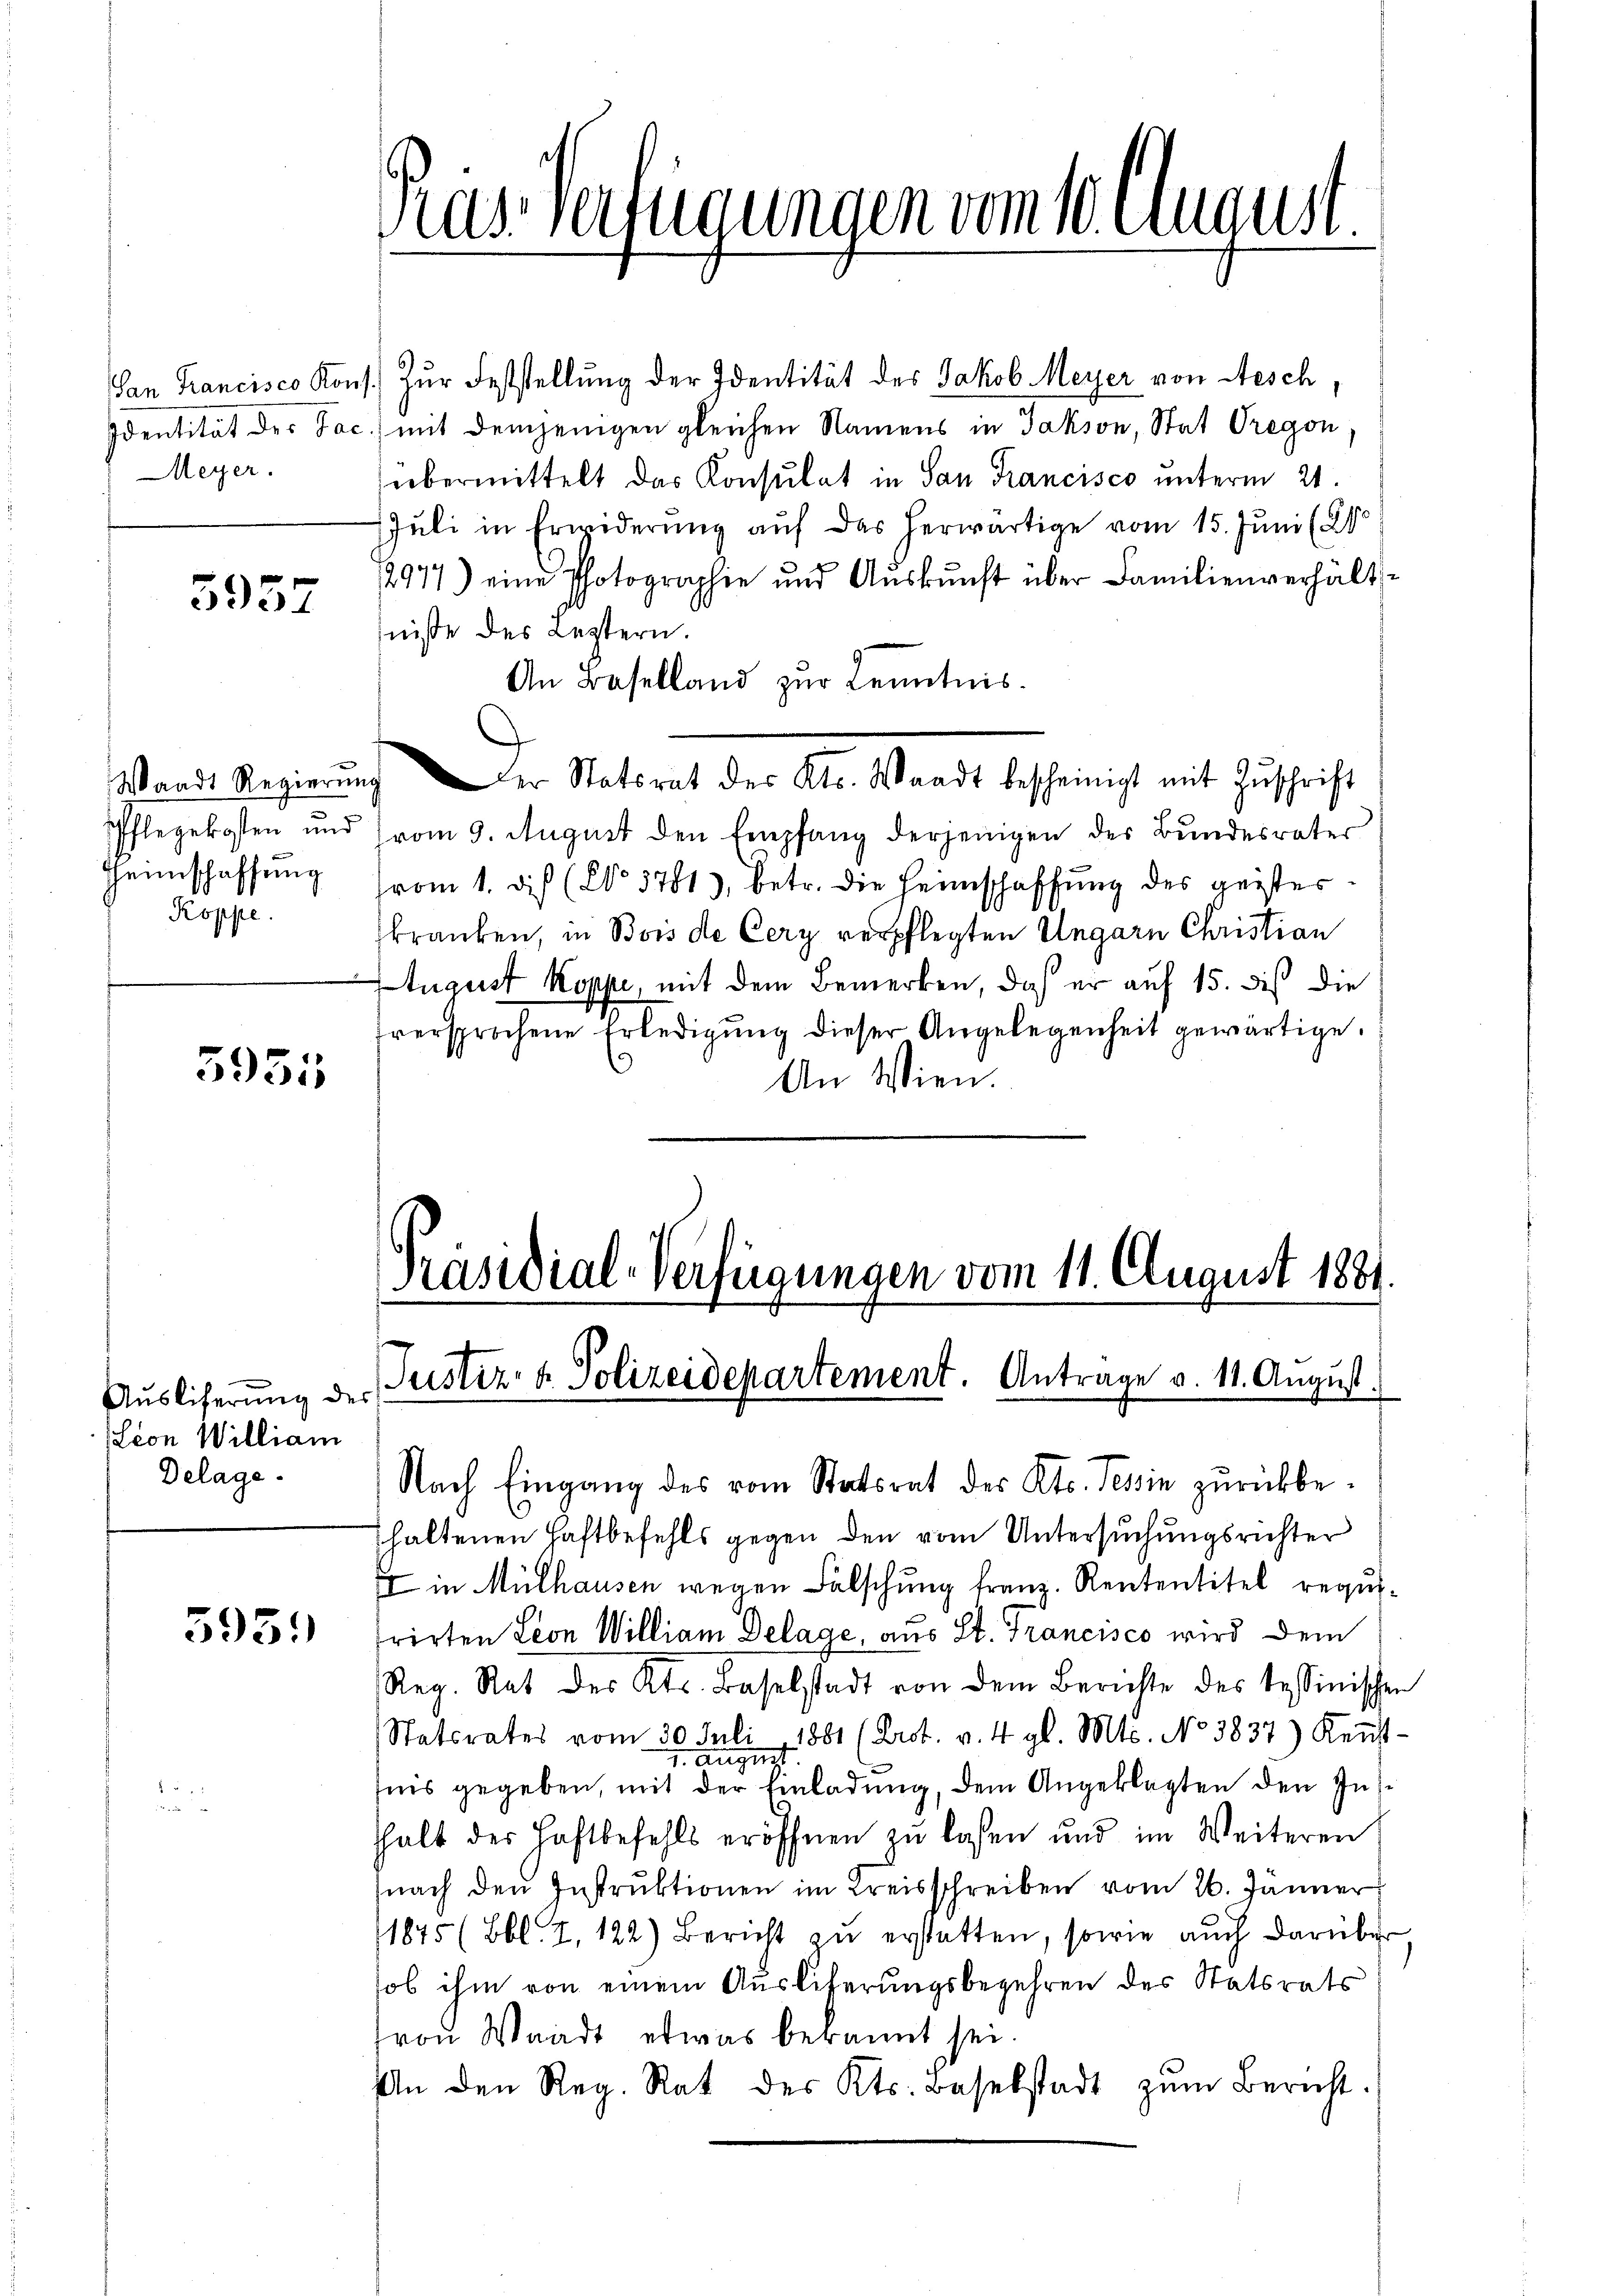
Meyer.

5957

Heimschaffung
Koppe

5951

Auslicherung des
Lion William
Delage.

595.

San Francisco Kons. Zur Feststellung der Identität des Jakob Meyer von Aesch,
Identität der Jac.) mit demjenigen gleichen Namens in Jakson, Stat Gregon
übermittelt des Konsulat in San Francisco unterm 21.
Juli in Erwiderung auf das herwärtige vom 15. Juni (21
12977) eine Photographen und Auskunft über Familienverhält
nisse des Leztern.
An Baselland zur Kenntnis.
Waadt Regierŭng der Statsrat des Kts. Waadt bescheinigt mit Zŭschrift
Pflegekosten und vom 9. August den Empfang derjenigen der Bundesrater
vom 1. Dich (No 37813, betr. die Heimschaffung des geisterkranken, in Bois de Cery verpflegten Ungarn Christian
August Koppi, mit dem Bemerken, daß er auf 15. dis die
dversprochene Erledigŭng dieser Angelegenheit gewärtige.
An Wien.

assverfügungen vom 10. August.

Nach Eingang des vom Statsrat des Kts. Tessin zŭrückbe-
thaltenen Haftbefehls gegen den vom Untersuchungsrichter
I in Mülhausen wegen Fälschung franz. Rententitel requi-
rirten Leon William Delage, aus St. Francisco wird dem
Reg. Rat des Kts. Baselstadt von dem Berichte des besinischen
Statorates vom 30. Juli 1881 (Prot. v. 4. gl. Mts. No 3837) Keṅt-
2. August
fnis gegeben, mit der Einladung, dem Angeklagten den Insthalt der Haftbefehls eröffnen zu lassen und im Weiteren
nach den Instruktionen im Kreisschreiben vom 26. Jänner
11845 (Bbl. Z. 122) Bericht zu erstatten, sowie auch darüber
hob ihm von einem Ausliferungsbegehren des Statsrats
von Waadt etwas bekannt sei.
An den Reg. Rat des Kts. Baselstadt zŭm Bericht.

Präsidial-Verfügungen vom 11. August 1889.
Justiz- & Polizeidepartement. Antrage v. 11. August.